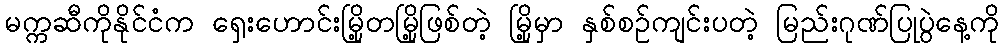
မက္ကဆီကိုနိုင်ငံက ရှေးဟောင်းမြို့တမြို့ဖြစ်တဲ့ မြို့မှာ နှစ်စဉ်ကျင်းပတဲ့ မြည်းဂုဏ်ပြုပွဲနေ့ကို